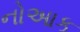
નોઆક